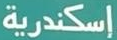
إسكندرية